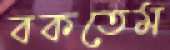
বকতেম